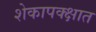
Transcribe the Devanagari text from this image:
शेकापक्क्षात